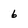
Character: 6